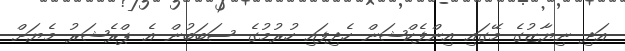
އަދި ނިޔާޒުގެ މޭގައި އިންފެކްޝަން ހެދިފައި ހުރުމުގެ ސަބަބުން އެ ޕްރެޝަރު މެޔަށް